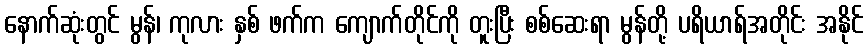
နောက်ဆုံးတွင် မွန်၊ ကုလား နှစ် ဖက်က ကျောက်တိုင်ကို တူးပြီး စစ်ဆေးရာ မွန်တို့ ပရိယာရ်အတိုင်း အနိုင်